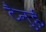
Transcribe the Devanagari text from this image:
टैनुई